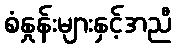
စံနှုန်းများနှင့်အညီ